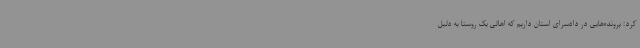
کرد: پرونده‌هایی در دادسرای استان داریم که اهالی یک روستا به دلیل